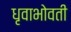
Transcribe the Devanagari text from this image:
धृवाभोवती